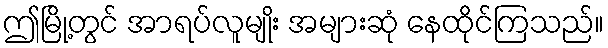
ဤမြို့တွင် အာရပ်လူမျိုး အများဆုံ နေထိုင်ကြသည်။